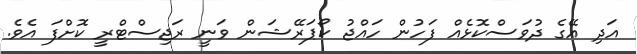
އަދި އޭގެ ދުވަސްކޮޅެއް ފަހުން ހައްޖު ކޯޕަރޭޝަން ވަނީ ރަޖިސްޓްރީ ކޮށްފަ އެވެ.